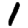
Digit: 1